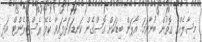
މިސާލެއްގެ ގޮތުން ބުނާނަމަ އޯޕަން ބިޑަކަށް ގޮސްގެން ކަނޑައަޅާފައިވާ ކެފޭ ރެސްޓޯރެންޓް އަދި